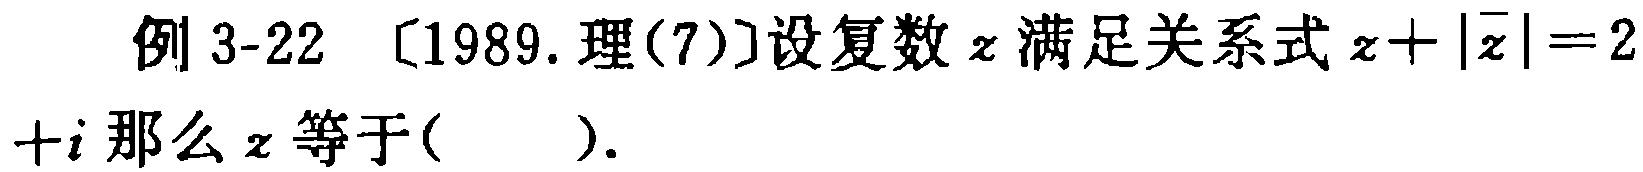
例 3-22 [1989. 理(7)]设复数\(z\)满足关系式\(z + |\overline{z}| = 2 + i\)那么\(z\)等于( ).